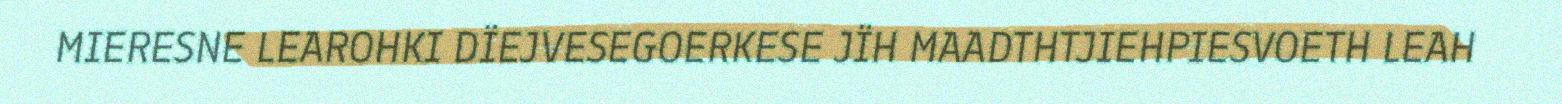
MIERESNE LEAROHKI DÏEJVESEGOERKESE JÏH MAADTHTJIEHPIESVOETH LEAH